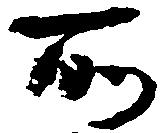
所